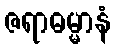
ဇရာဓမ္မာနံ